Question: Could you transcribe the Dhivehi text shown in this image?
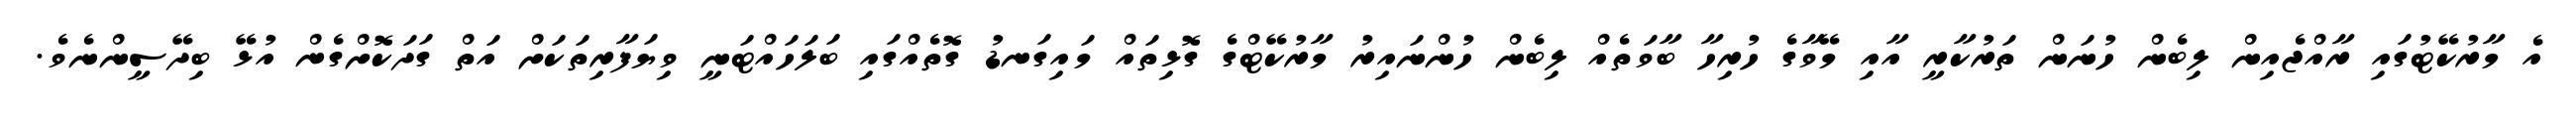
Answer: އެ މާރުކޭޓުގައި ރާއްޖެއިން ލިބެން ހުނަން ތަރުކާރީ އާއި މޭވާގެ ހުރިހާ ބާވަތެއް ލިބެން ހުންނައިރު މާރުކޭޓްގެ ގޮޅިތައް މައިގަނޑު ގޮތެއްގައި ބަލަހައްޓަނީ ވިޔަފާރިތަކަށް އަތް ގަދަކޮށްގެން އުޅޭ ބިދޭސީންނެވެ.